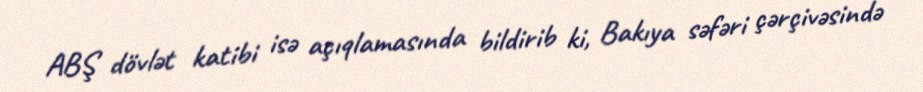
ABŞ dövlət katibi isə açıqlamasında bildirib ki, Bakıya səfəri çərçivəsində